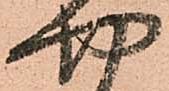
四